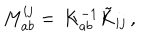
M _ { a b } ^ { i j } = \, K _ { a b } ^ { - 1 } \tilde { K } _ { i j } \, ,